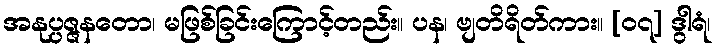
အနုပ္ပဇ္ဇနတော၊ မဖြစ်ခြင်းကြောင့်တည်း။ ပန၊ ဗျတိရိတ်ကား။ [၀၇] ဒွါရံ၊